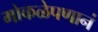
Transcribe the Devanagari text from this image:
मोकळेपणानं